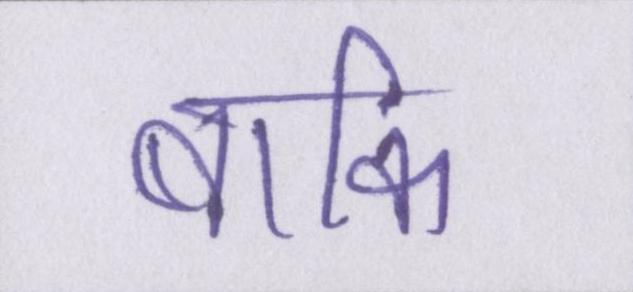
बाकि